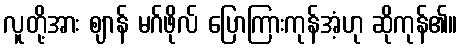
လူတို့အား ဈာန် မဂ်ဖိုလ် ပြောကြားကုန်အံ့ဟု ဆိုကုန်၏။